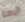
أيها